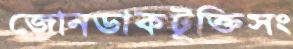
জোনডাকটূক্তিসং